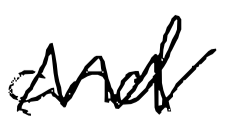
Text: and
Cross-out: zig-zag
Writing tool: digital_black